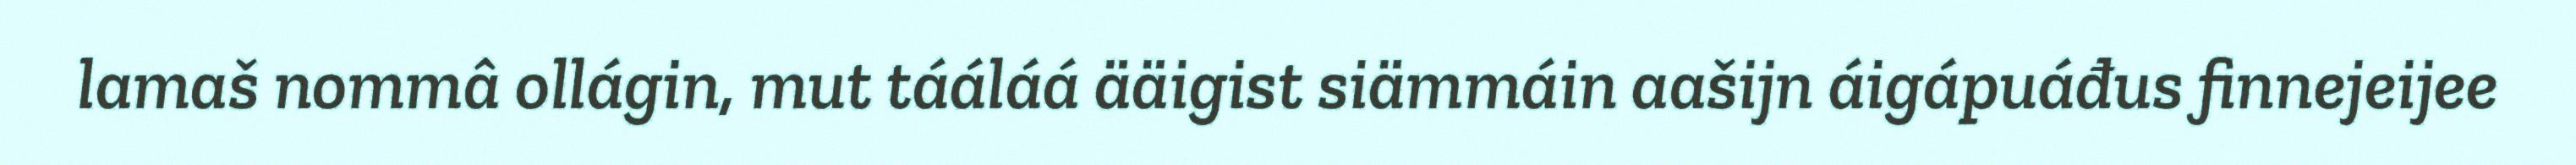
lamaš nommâ ollágin, mut tááláá ääigist siämmáin aašijn áigápuáđus finnejeijee